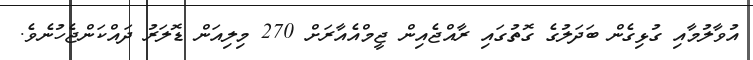
އުވާލުމާއި ގުޅިގެން ބަދަލުގެ ގޮތުގައި ރާއްޖެއިން ޖީމްއެއާރަށް 270 މިލިއަން ޑޮލަރު ދައްކަންޖެހުނެވެ.